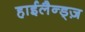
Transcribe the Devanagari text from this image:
हाईलैन्ड्ज़